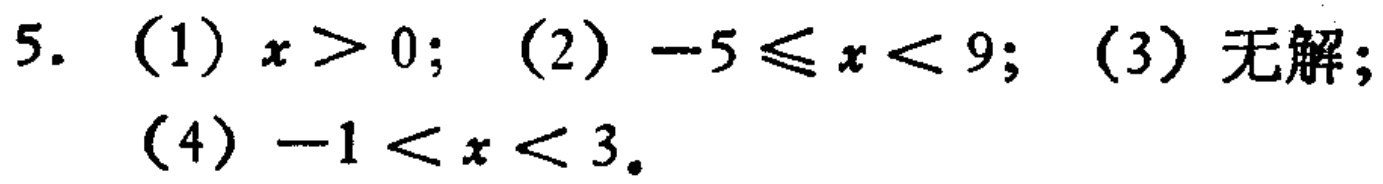
5. (1) \(x > 0\); (2) \(-5\leqslant x < 9\); (3) 无解; (4) \(-1 < x < 3\)。